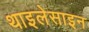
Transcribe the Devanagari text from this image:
थाइलेसाइन